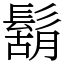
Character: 鬍